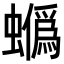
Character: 𧓯